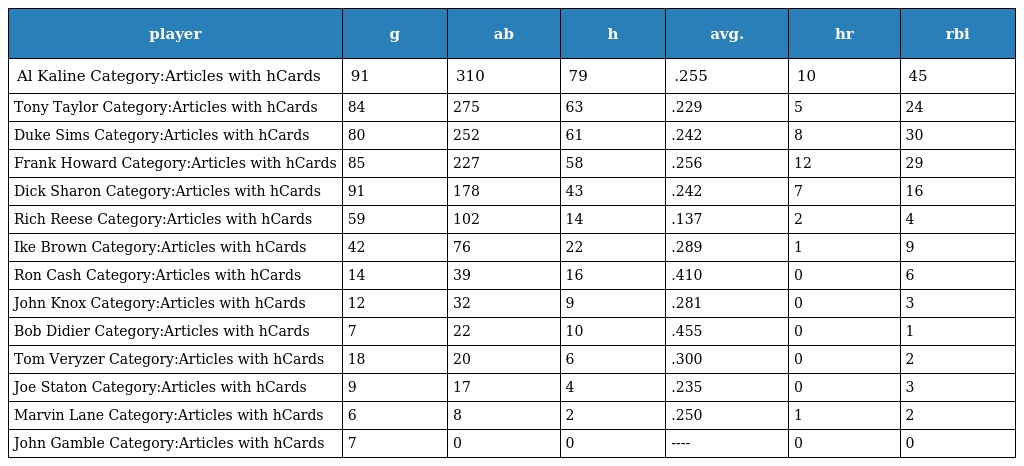
| player | g | ab | h | avg. | hr | rbi |
 | --- | --- | --- | --- | --- | --- | --- |
 | Al Kaline Category:Articles with hCards | 91 | 310 | 79 | .255 | 10 | 45 |
 | Tony Taylor Category:Articles with hCards | 84 | 275 | 63 | .229 | 5 | 24 |
 | Duke Sims Category:Articles with hCards | 80 | 252 | 61 | .242 | 8 | 30 |
 | Frank Howard Category:Articles with hCards | 85 | 227 | 58 | .256 | 12 | 29 |
 | Dick Sharon Category:Articles with hCards | 91 | 178 | 43 | .242 | 7 | 16 |
 | Rich Reese Category:Articles with hCards | 59 | 102 | 14 | .137 | 2 | 4 |
 | Ike Brown Category:Articles with hCards | 42 | 76 | 22 | .289 | 1 | 9 |
 | Ron Cash Category:Articles with hCards | 14 | 39 | 16 | .410 | 0 | 6 |
 | John Knox Category:Articles with hCards | 12 | 32 | 9 | .281 | 0 | 3 |
 | Bob Didier Category:Articles with hCards | 7 | 22 | 10 | .455 | 0 | 1 |
 | Tom Veryzer Category:Articles with hCards | 18 | 20 | 6 | .300 | 0 | 2 |
 | Joe Staton Category:Articles with hCards | 9 | 17 | 4 | .235 | 0 | 3 |
 | Marvin Lane Category:Articles with hCards | 6 | 8 | 2 | .250 | 1 | 2 |
 | John Gamble Category:Articles with hCards | 7 | 0 | 0 | ---- | 0 | 0 |